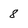
Character: 8